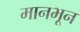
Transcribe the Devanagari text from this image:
मानभून